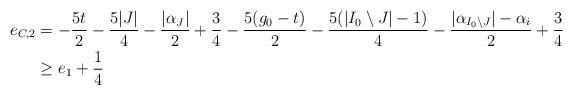
LaTeX: \begin{align*}e_{C,2}&=-\frac{5t}{2}-\frac{5|J|}{4}-\frac{|\alpha_J|}{2}+\frac{3}{4}-\frac{5(g_0-t)}{2}-\frac{5(|I_0\setminus J|-1)}{4}-\frac{|\alpha_{I_0\setminus J}|-\alpha_i}{2}+\frac{3}{4}\\&\ge e_1+\frac14\end{align*}